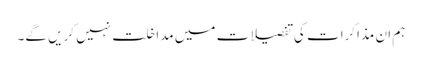
ہم ان مذاکرات کی تفصیلات میں مداخلت نہیں کریں گے۔